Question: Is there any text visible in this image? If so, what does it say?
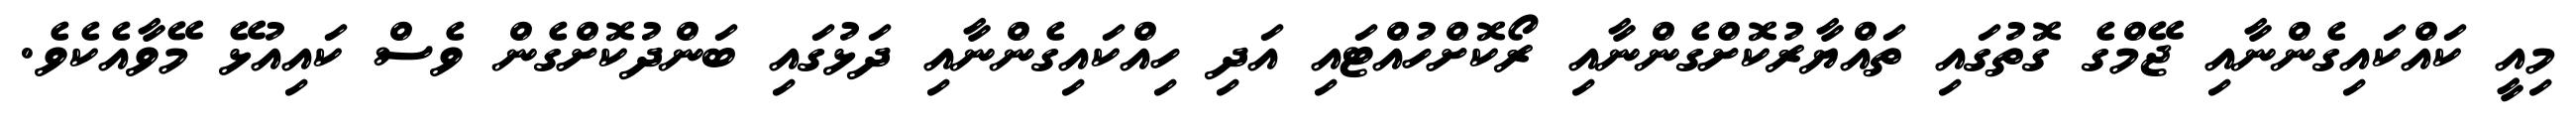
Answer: މިއީ ކައްކައިގެންނާއި ޖޭމްގެ ގޮތުގައި ތައްޔާރުކޮށްގެންނާއި ރޯކޮށްހުއްޓައި އަދި ހިއްކައިގެންނާއި ދަޅުގައި ބަންދުކޮށްގެން ވެސް ކައިއުޅޭ މޭވާއެކެވެ.